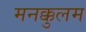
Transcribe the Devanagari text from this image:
मनक्कुलम